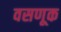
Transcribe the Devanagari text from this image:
वसणूक